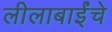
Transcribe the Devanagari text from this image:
लीलाबाईंचे